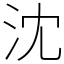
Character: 沈